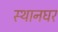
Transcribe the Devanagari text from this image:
स्थानघर